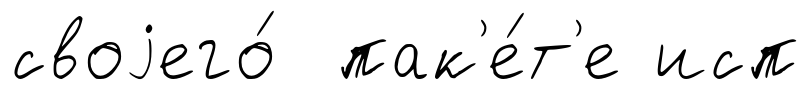
своjего́ пак'е́т'е исп